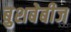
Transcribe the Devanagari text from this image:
बुशबेबीज